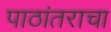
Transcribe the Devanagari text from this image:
पाठांतराचा